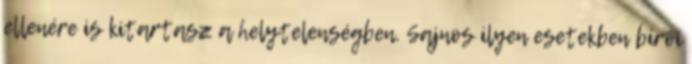
ellenére is kitartasz a helytelenségben. Sajnos ilyen esetekben bírói